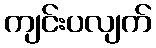
ကျင်းပလျက်